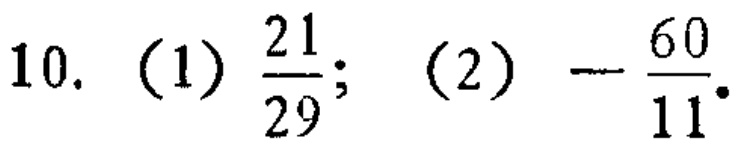
10. (1) $\frac{21}{29}$; (2) $-\frac{60}{11}$.